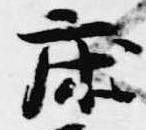
床